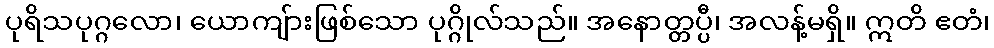
ပုရိသပုဂ္ဂလော၊ ယောကျ်ားဖြစ်သော ပုဂ္ဂိုလ်သည်။ အနောတ္တပ္ပီ၊ အလန့်မရှိ။ ဣတိ ဧတံ၊